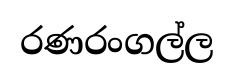
රණරංගල්ල